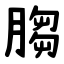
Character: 䐢